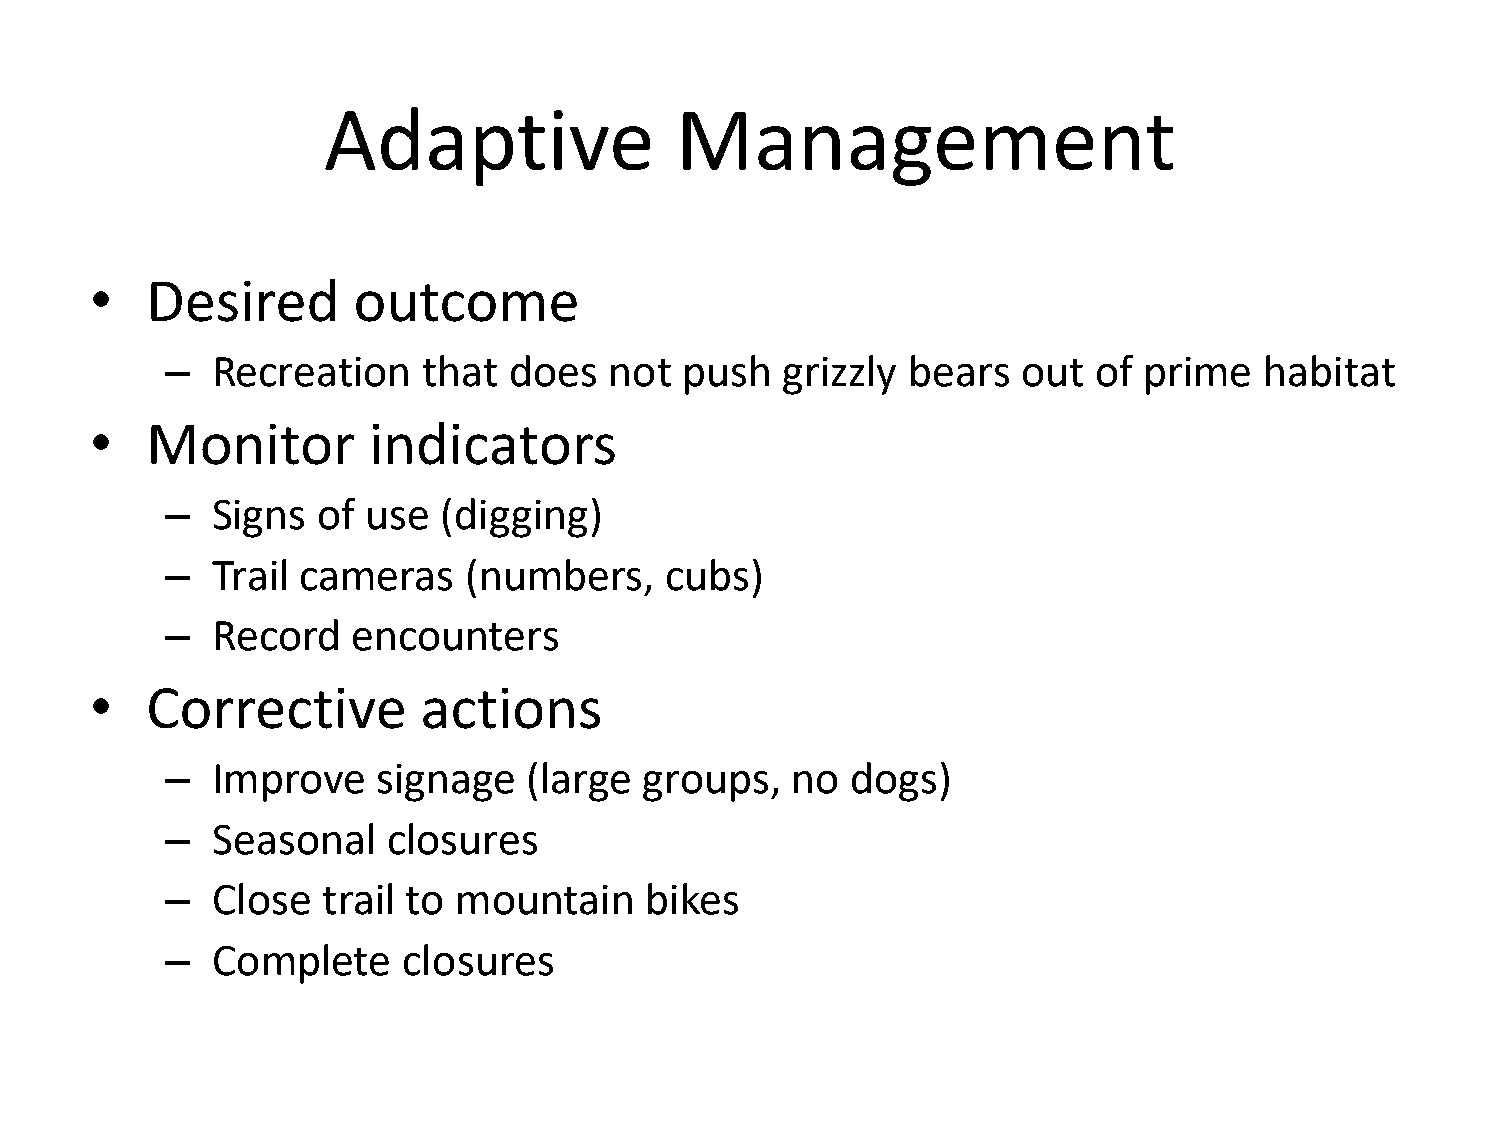
Adaptive                Management
 •   Desired      outcome
 –  Recreation    that  does  not  push   grizzly bears   out of  prime   habitat
 •   Monitor       indicators
 –  Signs  of use  (digging)
 –  Trail cameras    (numbers,    cubs)
 –  Record   encounters
 •   Corrective        actions
 –  Improve    signage   (large  groups,  no  dogs)
 –  Seasonal    closures
 –  Close  trail to mountain     bikes
 –  Complete     closures